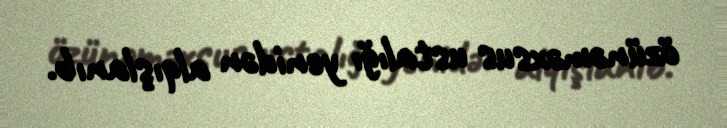
özünəməxsus ustalığı yenidən alqışlanıb.